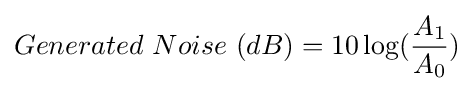
Generated\ Noise\ (dB)=10\log({\frac {A_{1}}{A_{0}}})